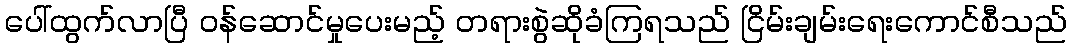
ပေါ်ထွက်လာပြီ ဝန်ဆောင်မှုပေးမည့် တရားစွဲဆိုခံကြရသည် ငြိမ်းချမ်းရေးကောင်စီသည်